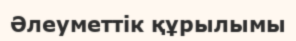
Әлеуметтік құрылымы